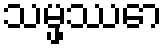
သမ္ဖဿော